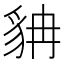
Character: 𲂤